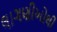
લાગણીઓથી